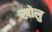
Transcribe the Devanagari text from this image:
खोलु